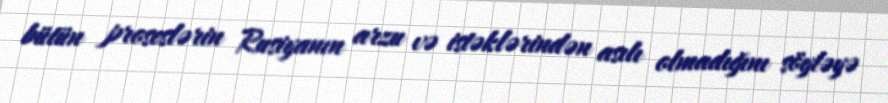
bütün proseslərin Rusiyanın arzu və istəklərindən asılı olmadığını söyləyə